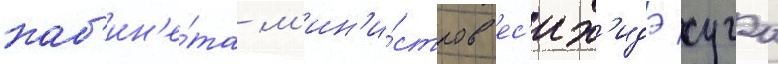
каб'ин'е́та м'ин'и́стров ес'их'идэ суга